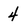
Character: 4